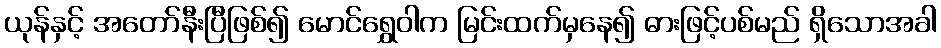
ယုန်နှင့် အတော်နီးပြီဖြစ်၍ မောင်ရွှေဝါက မြင်းထက်မှနေ၍ ဓားဖြင့်ပစ်မည် ရှိသောအခါ